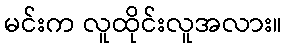
မင်းက လူထိုင်းလူအလား။